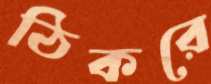
ঠিকরে